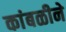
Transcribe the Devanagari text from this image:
कांबळीने